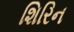
શિરિન